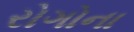
રોગોના